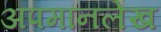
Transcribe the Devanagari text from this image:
अपमानलेख